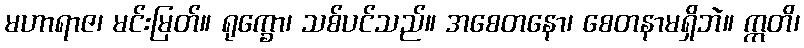
မဟာရာဇ၊ မင်းမြတ်။ ရုက္ခော၊ သစ်ပင်သည်။ အစေတနော၊ စေတနာမရှိဘဲ။ ဣတိ၊